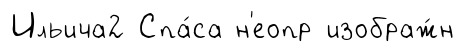
Ильича2 Спа́са н'еопр изображ́н